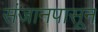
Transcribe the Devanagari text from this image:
संजानपासून